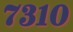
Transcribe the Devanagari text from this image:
७३१०